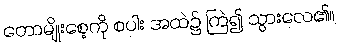
တောမျိုးစေ့ကို စပါး အထဲ၌ ကြဲ၍ သွားလေ၏။